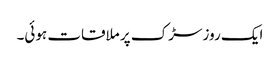
ایک روز سڑک پر ملاقات ہوئی۔